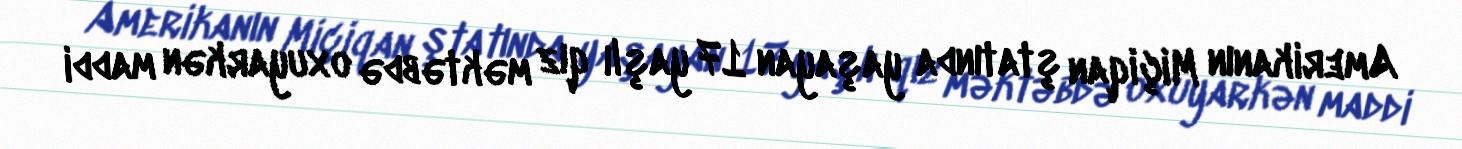
Amerikanın Miçiqan ştatında yaşayan 17 yaşlı qız məktəbdə oxuyarkən maddi